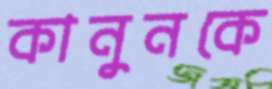
কানুনকে